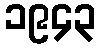
၁၉၄၃